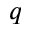
q